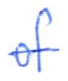
Text: of
Cross-out: single-line
Writing tool: ballpoint